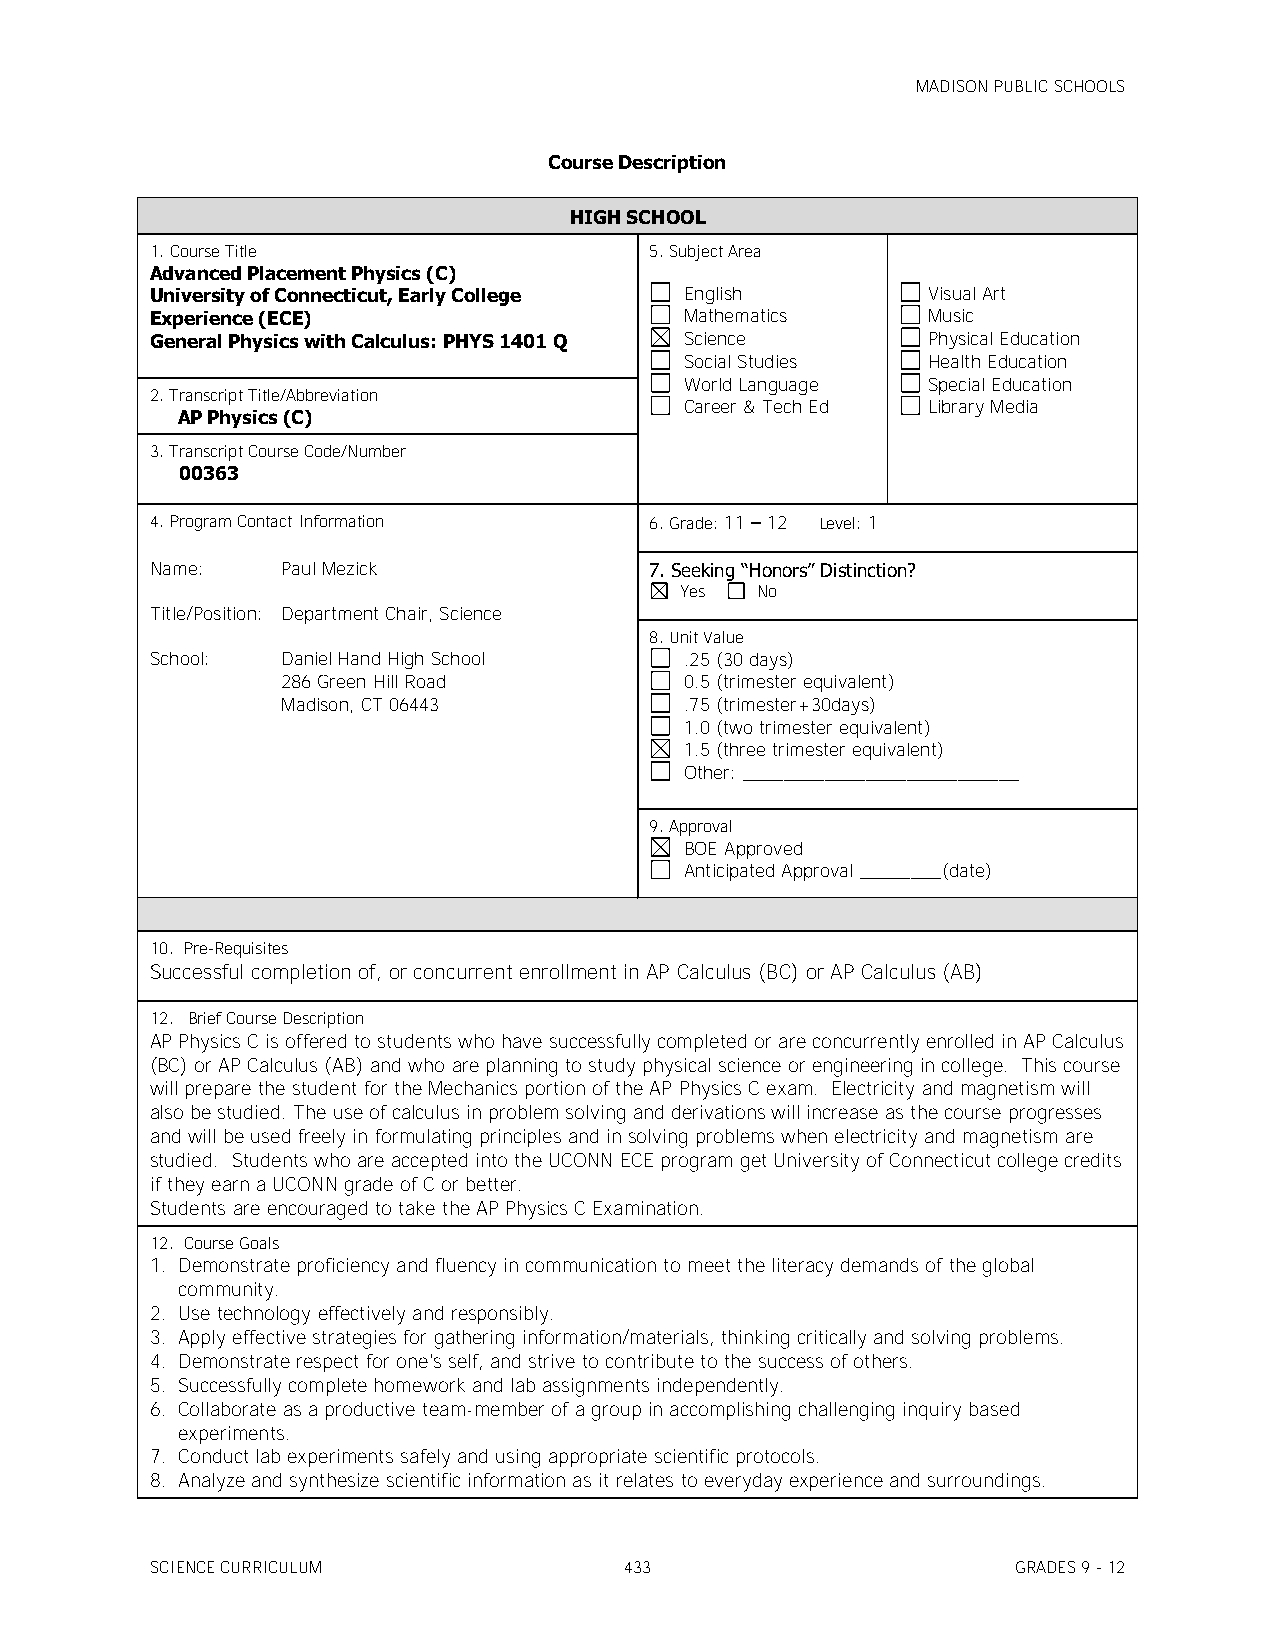
MADISON PUBLIC SCHOOLS
 Course Description
 HIGH SCHOOL
 1. Course Title                  5. Subject Area
 Advanced Placement Physics (C)
 University of Connecticut, Early College English   Visual Art
 Experience (ECE)                   Mathematics     Music
 General Physics with Calculus: PHYS 1401 Q Science Physical Education
 Social Studies  Health Education
 World Language  Special Education
 2. Transcript Title/Abbreviation
 Career & Tech Ed Library Media
 AP Physics (C)
 3. Transcript Course Code/Number
 00363
 4. Program Contact Information   6. Grade: 11 – 12 Level: 1
 Name:    Paul Mezick             7. Seeking ―Honors‖ Distinction?
 Yes  No
 Title/Position: Department Chair, Science
 8. Unit Value
 School:  Daniel Hand High School   .25 (30 days)
 286 Green Hill Road       0.5 (trimester equivalent)
 Madison, CT 06443         .75 (trimester+30days)
 1.0 (two trimester equivalent)
 1.5 (three trimester equivalent)
 Other: ___________________________
 9. Approval
 BOE Approved
 Anticipated Approval ________(date)
 10. Pre-Requisites
 Successful completion of, or concurrent enrollment in AP Calculus (BC) or AP Calculus (AB)
 12. Brief Course Description
 AP Physics C is offered to students who have successfully completed or are concurrently enrolled in AP Calculus
 (BC) or AP Calculus (AB) and who are planning to study physical science or engineering in college. This course
 will prepare the student for the Mechanics portion of the AP Physics C exam. Electricity and magnetism will
 also be studied. The use of calculus in problem solving and derivations will increase as the course progresses
 and will be used freely in formulating principles and in solving problems when electricity and magnetism are
 studied. Students who are accepted into the UCONN ECE program get University of Connecticut college credits
 if they earn a UCONN grade of C or better.
 Students are encouraged to take the AP Physics C Examination.
 12. Course Goals
 1. Demonstrate proficiency and fluency in communication to meet the literacy demands of the global
 community.
 2. Use technology effectively and responsibly.
 3. Apply effective strategies for gathering information/materials, thinking critically and solving problems.
 4. Demonstrate respect for one's self, and strive to contribute to the success of others.
 5. Successfully complete homework and lab assignments independently.
 6. Collaborate as a productive team-member of a group in accomplishing challenging inquiry based
 experiments.
 7. Conduct lab experiments safely and using appropriate scientific protocols.
 8. Analyze and synthesize scientific information as it relates to everyday experience and surroundings.
 SCIENCE CURRICULUM             433                       GRADES 9 - 12